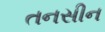
તનસીન